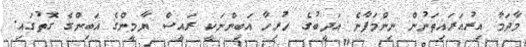
މާދަމާ އިރުއަރައިތަނުން ނިންމަފާނެ އަދީބުގެ ހުރިހާ އަބިންނަކީ ރައީސް ޔާމީންގެ އަބިންގެ ގޮތުގައި.